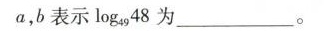
a,b表示log_{49}48为___。